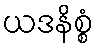
ယဒနိစ္စံ